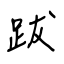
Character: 跋